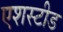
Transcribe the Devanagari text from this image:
एशस्टीड